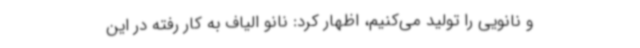
و نانویی را تولید می‌کنیم، اظهار کرد: نانو الیاف به ‌کار رفته در این